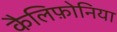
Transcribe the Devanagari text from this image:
कैलिफ़ोनिया